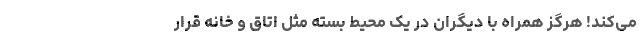
می‌کند! هرگز همراه با دیگران در یک محیط بسته مثل اتاق و خانه قرار